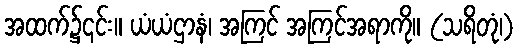
အထက်၌၎င်း။ ယံယံဌာနံ၊ အကြင် အကြင်အရာကို။ (သရိတုံ၊)